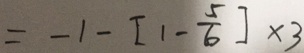
= - 1 - [ 1 - \frac { 5 } { 6 } ] \times 3